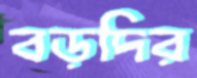
বড়দির